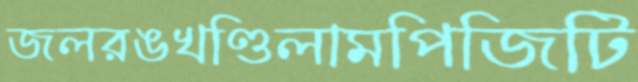
জলরঙখণ্ডিলামপিজিটি